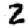
Digit: 2